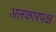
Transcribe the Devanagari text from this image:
अलंकारपक्ष